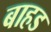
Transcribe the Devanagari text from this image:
बाहड